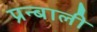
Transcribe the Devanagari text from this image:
प्रन्बाली